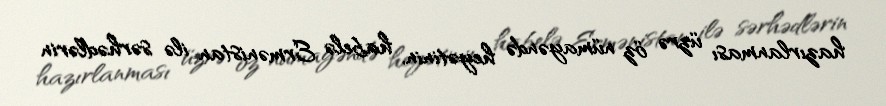
hazırlanması üzrə öz nümayəndə heyətinin, habelə Ermənistan ilə sərhədlərin